Indian journal of veterinary science and animal husbandry - Volumes 22-23, 1952-1953
Year: 1952
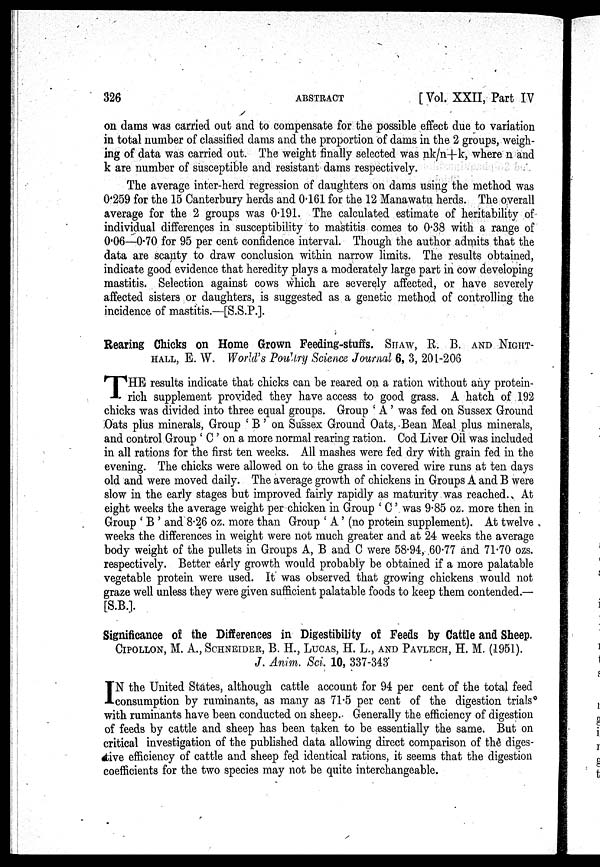
326
ABSTRACT
[ Vol. XXII, Part IV
on dams was carried out and to compensate for the possible effect due to variation
in total number of classified dams and the proportion of dams in the 2 groups, weigh-
ing of data was carried out. The weight finally selected was nk/n+k, where n and
k are number of susceptible and resistant dams respectively.
The average inter-herd regression of daughters on dams using the method was
0.259 for the 15 Canterbury herds and 0.161 for the 12 Manawatu herds. The overall
average for the 2 groups was 0.191. The calculated estimate of heritability of
individual differences in susceptibility to mastitis comes to 0.38 with a range of
0.06—0.70 for 95 per cent confidence interval. Though the author admits that the
data are scanty to draw conclusion within narrow limits. The results obtained,
indicate good evidence that heredity plays a moderately large part in cow developing
mastitis. Selection against cows which are severely affected, or have severely
affected sisters or daughters, is suggested as a genetic method of controlling the
incidence of mastitis.—[S.S.P.].
Rearing Chicks on Home Grown Feeding-stuffs. SHAW, R. B. AND NIGHT-
HALL , E. W. World's Poultry Science Journal 6, 3, 201-206
T HE results indicate that chicks can be reared on a ration without any protein-
rich supplement provided they have access to good grass. A hatch of 192
chicks was divided into three equal groups. Group ' A ' was fed on Sussex Ground
Oats plus minerals, Group ' B ' on Sussex Ground Oats, Bean Meal plus minerals,
and control Group ' C ' on a more normal rearing ration. Cod Liver Oil was included
in all rations for the first ten weeks. All mashes were fed dry with grain fed in the
evening. The chicks were allowed on to the grass in covered wire runs at ten days
old and were moved daily. The average growth of chickens in Groups A and B were
slow in the early stages but improved fairly rapidly as maturity was reached. At
eight weeks the average weight per-chicken in Group ' C ' was 9.85 oz. more then in
Group ' B ' and 8.26 oz. more than Group ' A ' (no protein supplement). At twelve
weeks the differences in weight were not much greater and at 24 weeks the average
body weight of the pullets in Groups A, B and C were 58.94, 60.77 and 71.70 ozs.
respectively. Better early growth would probably be obtained if a more palatable
vegetable protein were used. It was observed that growing chickens would not
graze well unless they were given sufficient palatable foods to keep them contended.—
[S.B.].
Significance of the Differences in Digestibility of Feeds by Cattle and Sheep.
CIPOLLON, M. A., SCHNEIDER ,B. H., LUCAS, H. L.,AND PAVLECH , H. M. (1951).
J. Anim. Sci. 10, 337-343
I N the United States, although cattle account for 94 per cent of the total feed
consumption by ruminants, as many as 71.5 per cent of the digestion trials
with ruminants have been conducted on sheep. Generally the efficiency of digestion
of feeds by cattle and sheep has been taken to be essentially the same. But on
critical investigation of the published data allowing direct comparison of the diges-
tive efficiency of cattle and sheep fed identical rations, it seems that the digestion
coefficients for the two species may not be quite interchangeable.